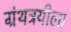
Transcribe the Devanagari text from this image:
ग्रंथत्रयीला